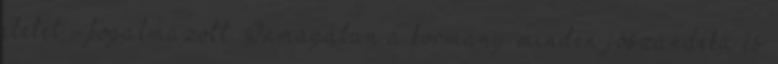
életét - fogalmazott. Önmagában a kormány minden jószándéka és